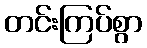
တင်းကြပ်စွာ